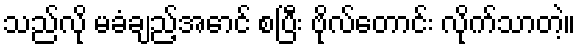
သည်လို မခံချည့်အောင် စပြီး ဗိုလ်တောင်း လိုက်သာတဲ့။